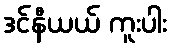
ဒင်နီယယ် ကူးပါး